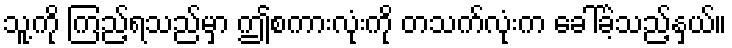
သူ့ကို ကြည့်ရသည်မှာ ဤစကားလုံးကို တသက်လုံးက ခေါ်ခဲ့သည့်နှယ်။